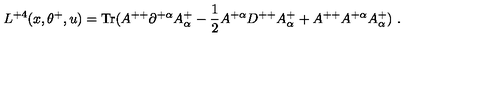
L ^ { + 4 } ( x , \theta ^ { + } , u ) = \mathrm { T r } ( A ^ { + + } \partial ^ { + \alpha } A _ { \alpha } ^ { + } - { \frac { 1 } { 2 } } A ^ { + \alpha } D ^ { + + } A _ { \alpha } ^ { + } + A ^ { + + } A ^ { + \alpha } A _ { \alpha } ^ { + } ) \ .